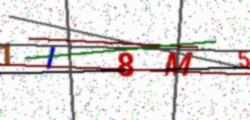
Text: 1I8M5